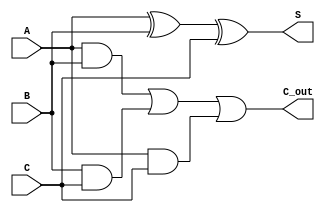
module carry_save_adder(
    input [63:0] A, // Input A
    input [63:0] B, // Input B
    input [63:0] C, // Input C
    output [63:0] S, // Sum output
    output [63:0] C_out // Carry output
);
    assign S = A ^ B ^ C; // Sum = A XOR B XOR C
    assign C_out = (A & B) | (B & C) | (A & C); // Carry = (A AND B) OR (B AND C) OR (A AND C)
endmodule